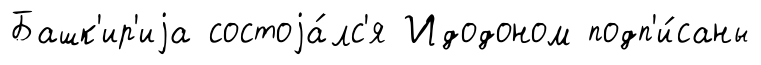
Башк'ир'иjа состоjа́лс'я Идодоном подп'и́саны